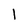
Character: 1